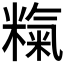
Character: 𱹗